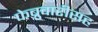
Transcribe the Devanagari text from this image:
फेब्रुवारीसह